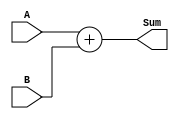
module Adder (
    input [7:0] A, B,  // two 8-bit input signals
    output reg [8:0] Sum  // 9-bit output signal
);

always @* begin
    Sum = A + B;  // perform addition operation on input signals
end

endmodule